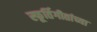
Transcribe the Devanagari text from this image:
स्फूर्तिगीतांच्या